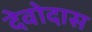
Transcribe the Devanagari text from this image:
देवोदास